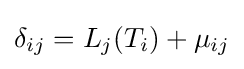
\delta _{ij}=L_{j}(T_{i})+\mu _{ij}